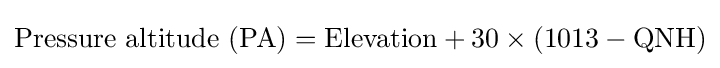
{\text{Pressure altitude (PA)}}={\text{Elevation}}+30\times (1013-{\text{QNH}})